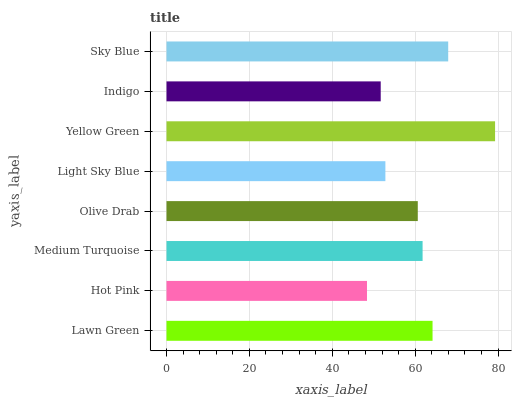
| yaxis_label | bars |
 | --- | --- |
 | Lawn Green | 64.2 |
 | Hot Pink | 48.4 |
 | Medium Turquoise | 61.8 |
 | Olive Drab | 60.6 |
 | Light Sky Blue | 52.8 |
 | Yellow Green | 79.3 |
 | Indigo | 51.7 |
 | Sky Blue | 68 |